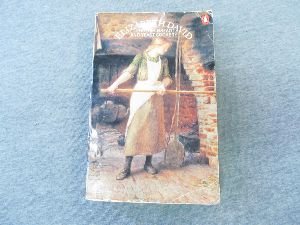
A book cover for English Bread And Yeast Cookery; Elizabeth David; Cookbooks, Food & Wine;